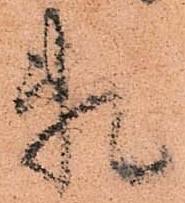
頼